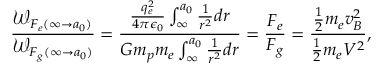
\frac { \mathcal W _ { F _ { e } ( \infty \rightarrow a _ { 0 } ) } } { \mathcal W _ { F _ { g } ( \infty \rightarrow a _ { 0 } ) } } = \frac { \frac { q _ { e } ^ { 2 } } { 4 \pi \epsilon _ { 0 } } \int _ { \infty } ^ { a _ { 0 } } \frac { 1 } { r ^ { 2 } } d r } { G m _ { p } m _ { e } \int _ { \infty } ^ { a _ { 0 } } \frac { 1 } { r ^ { 2 } } d r } = \frac { F _ { e } } { F _ { g } } = \frac { \frac { 1 } { 2 } m _ { e } v _ { B } ^ { 2 } } { \frac { 1 } { 2 } m _ { e } V ^ { 2 } } ,